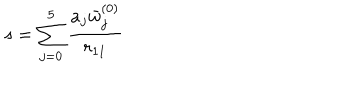
s = \sum _ { j = 0 } ^ { 5 } { \frac { a _ { j } { \bar { w } } _ { j } ^ { ( 0 ) } } { r _ { 1 1 } } }